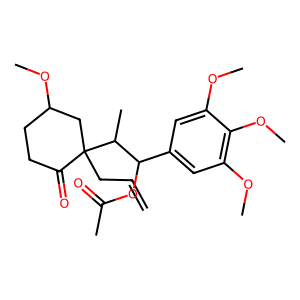
SMILES: C=CCC1(C(C)C(OC(C)=O)c2cc(OC)c(OC)c(OC)c2)CC(OC)CCC1=O
Inhibits HIV replication: No